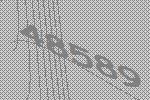
48589